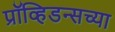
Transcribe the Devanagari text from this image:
प्रॉव्हिडन्सच्या